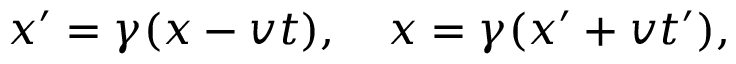
x ^ { \prime } = \gamma ( x - v t ) , \quad x = \gamma ( x ^ { \prime } + v t ^ { \prime } ) ,